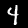
Label: 4